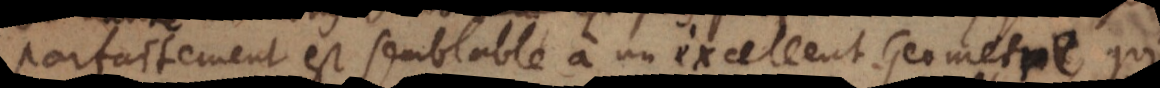
parfaitement est semblable à un excellent geometre, qui